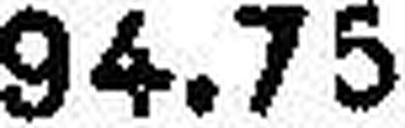
94.75